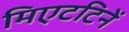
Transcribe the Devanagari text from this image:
मिएटटिनें